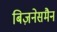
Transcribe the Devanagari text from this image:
बिज़नेसमैन